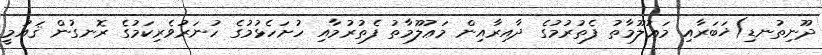
ދޫނިތުނޑި)ޚަބަރާއި މަޢުލޫމާތު ފެތުރުމުގެ ދާއިރާއިން މަޢުލޫމާތު ފެތުރުމާއި ހުށަހެޅުމުގެ ހުނަރުވެރިކަމުގެ ރޮނގުން ޤައުމީ